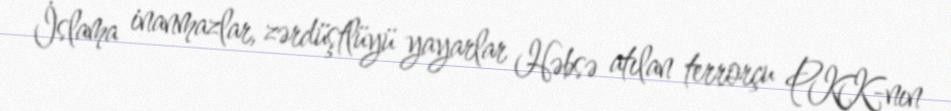
İslama inanmazlar, zərdüştlüyü yayarlar Həbsə atılan terrorçu PKK-nın